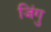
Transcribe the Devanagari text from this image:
जिंगु